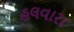
હલવારા